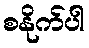
စနိုက်ပါ